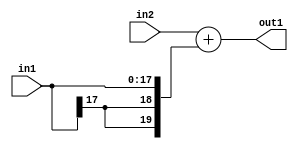
`timescale 1ps / 1ps
/*****************************************************************************
    Verilog RTL Description
    
    
    Created by: Stratus DpOpt 2019.1.01 
*******************************************************************************/

module SobelFilter_Add_19Ux18S_20S_1 (
	in2,
	in1,
	out1
	); /* architecture "behavioural" */ 
input [18:0] in2;
input [17:0] in1;
output [19:0] out1;
wire [19:0] asc001;

assign asc001 = 
	+(in2)
	+({{2{in1[17]}}, in1});

assign out1 = asc001;
endmodule

/* CADENCE  ubPyQgA= : u9/ySgnWtBlWxVPRXgAZ4Og= ** DO NOT EDIT THIS LINE ******/